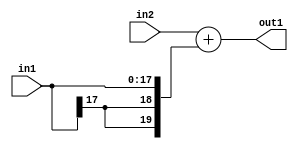
`timescale 1ps / 1ps
/*****************************************************************************
    Verilog RTL Description
    
    
    Created by: Stratus DpOpt 2019.1.01 
*******************************************************************************/

module SobelFilter_Add_19Ux18S_20S_1 (
	in2,
	in1,
	out1
	); /* architecture "behavioural" */ 
input [18:0] in2;
input [17:0] in1;
output [19:0] out1;
wire [19:0] asc001;

assign asc001 = 
	+(in2)
	+({{2{in1[17]}}, in1});

assign out1 = asc001;
endmodule

/* CADENCE  ubPyQgA= : u9/ySgnWtBlWxVPRXgAZ4Og= ** DO NOT EDIT THIS LINE ******/